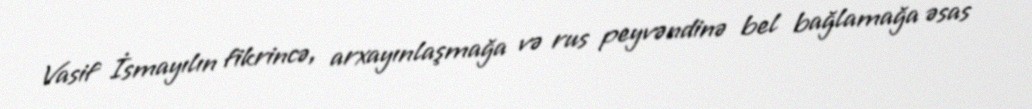
Vasif İsmayılın fikrincə, arxayınlaşmağa və rus peyvəndinə bel bağlamağa əsas